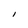
Character: I